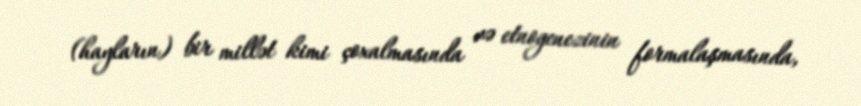
(hayların) bir millət kimi çoxalmasında və etnogenezinin formalaşmasında,